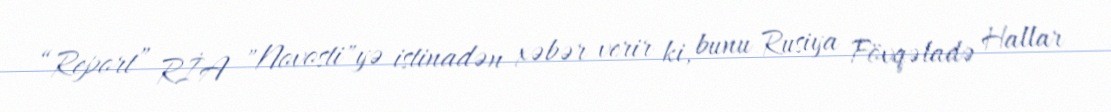
“Report” RİA "Novosti"yə istinadən xəbər verir ki, bunu Rusiya Fövqəladə Hallar